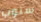
سنوب